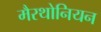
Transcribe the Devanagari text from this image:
मैरथोनियन